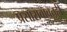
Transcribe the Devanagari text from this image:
प्रसाराबाबतही